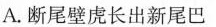
A.断尾壁虎长出新尾巴